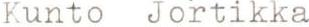
Kunto Jortikka